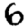
Digit: 6